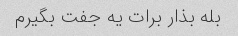
بله بذار برات یه جفت بگیرم